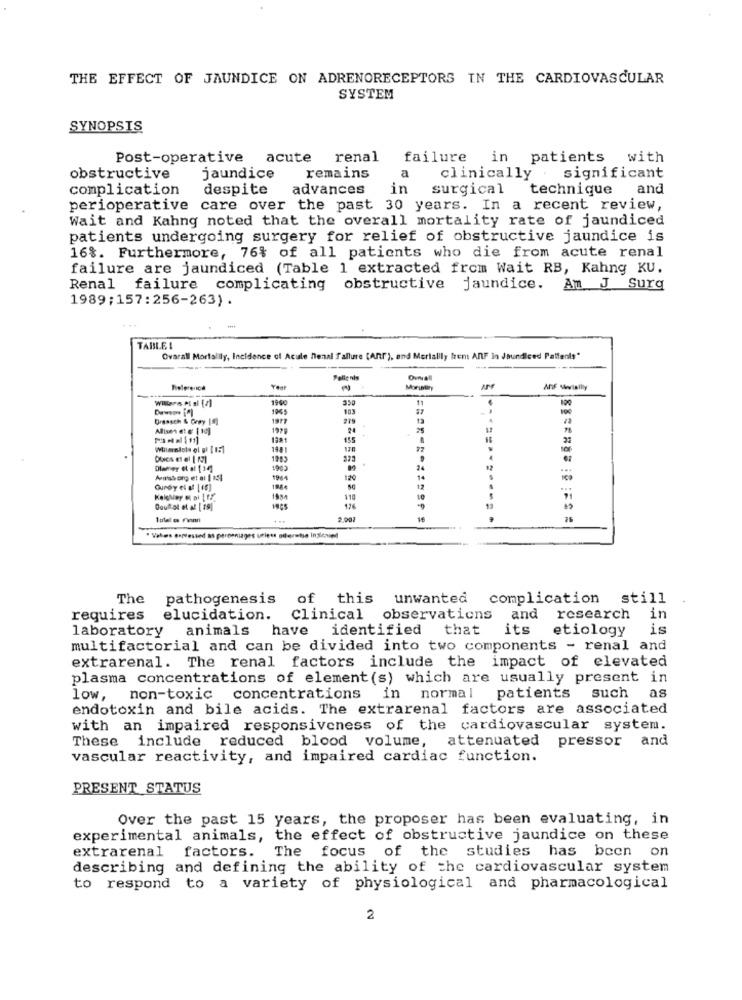
THE EFFECT OF JAUNDICE ON ADRENORECEPTORS IN THE CARDIOVASCULAR
SYSTEM
SYNOPSIS
Post-operative acute
renal
failure in patients with
obstructive
jaundice
remains
a
clinically .significant
complication
despite advances
in
surgical
technique
and
perioperative care over the past 30 years. In a recent review,
Wait and Kahng noted that the overall mortality rate of jaundiced
patients undergoing surgery for relief of obstructive jaundice is
16%. Furthermore, 76% of all patients who die from acute renal
failure are jaundiced (Table 1 extracted from Wait RB, Kahng KU.
Renal failure complicating obstructive jaundice. Am J Surg
1989;157:256-263).
TABLE !
Ovarall Mortalily, Incidence of Acule nenal fallure (Anf), and Merialily fren AnF In Jaundiced Patients"
Pellenis
Rielerenca
Year
Anf wwwlailly
1190
350
11
100
1965
103
Allisen et @ 1 10]
1979
155
Olamey # of [14]
1903
1944
120
Gurdy el af [16]
110
126
+ ..
2.001
· Vales oorvessed as peroeniages seless sifermiso Inzienund
The
pathogenesis
of this unwanted complication still
requires
elucidation.
Clinical observations and
research in
laboratory animals
have identified that
its
etiology
is
multifactorial and can be divided into two components - renal and
extrarenal. The renal factors include the impact of elevated
plasma concentrations of element(s) which are usually present in
low, non-toxic concentrations in normal patients such as
endotoxin and bile acids. The extrarenal factors are associated
with an impaired responsiveness of the cardiovascular system.
These include reduced blood volume, attenuated pressor and
vascular reactivity, and impaired cardiac function.
PRESENT STATUS
Over the past 15 years, the proposer has been evaluating, in
experimental animals, the effect of obstructive jaundice on these
extrarenal factors. The focus of the studies has been on
describing and defining the ability of the cardiovascular system
to respond to a variety of physiological and pharmacological
2